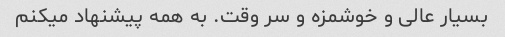
بسیار عالی و خوشمزه و سر وقت. به همه پیشنهاد میکنم